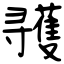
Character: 彟